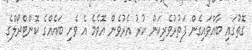
ގޮތުގައި ބާއްވައިގެން ފަތުރުވެރިކަން ކުރު އެރުވެން އޮވެމެ އެ ވެށި ބައެއްގެ ކޮންޓްރޯލްގެ